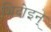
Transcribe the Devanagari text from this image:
भिदोइन्